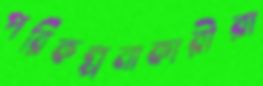
পরিকল্পনাকারীরা